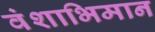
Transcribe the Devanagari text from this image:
वंशाभिमान